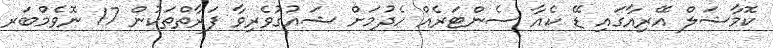
ކޮމާޝަލް އޭރިއާގައި ޑޭ ކެއާ ސެންޓަރެއް ހެދުމަށް ޝައުގުވެރިވާ ފަރާތްތަކުން 17 ނޮވެމްބަރ